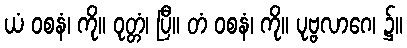
ယံ ဝစနံ၊ ကို။ ဝုတ္တံ၊ ပြီ။ တံ ဝစနံ၊ ကို။ ပုဗ္ဗလာဂေ၊ ၌။